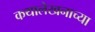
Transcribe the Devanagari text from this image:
कथालेखनाच्या